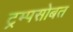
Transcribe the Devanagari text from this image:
ट्रम्पसोबत